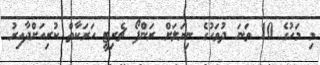
މި މަހުގެ 10 ވަނަ ދުވަހުގެ ނިޔަލަށް ރަންފޯ ޗެރިޓީ ހަަރަކާތް ކުރިއަށްދާއިރު